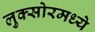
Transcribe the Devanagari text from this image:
लुक्सोरमध्ये